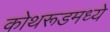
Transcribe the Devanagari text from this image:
कोथरूडमध्ये